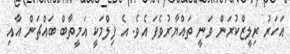
އަހަރު ރިލީޒްކުރަން ވަނީ ތައްޔާރުވެފަ އެވެ. އެ ފިލްމަކީ އަމީތާބް ބައްޗަން އާއި